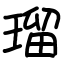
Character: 瑠